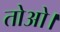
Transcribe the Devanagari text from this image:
तोओ।